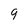
Character: 9